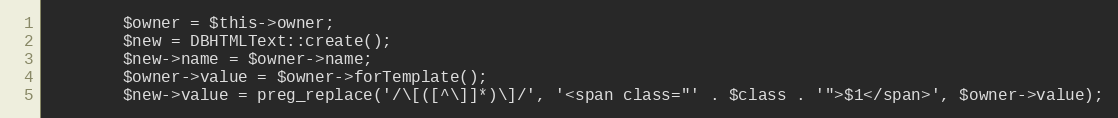
Language: PHP
        $owner = $this->owner;
        $new = DBHTMLText::create();
        $new->name = $owner->name;
        $owner->value = $owner->forTemplate();
        $new->value = preg_replace('/\[([^\]]*)\]/', '<span class="' . $class . '">$1</span>', $owner->value);